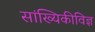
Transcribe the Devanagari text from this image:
सांख्यिकीविज्ञ